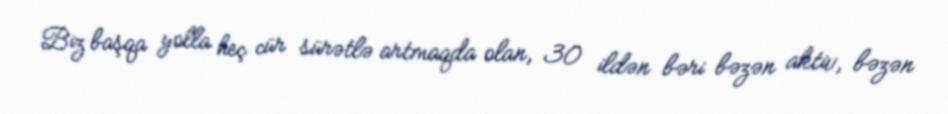
Biz başqa yolla heç cür sürətlə artmaqda olan, 30 ildən bəri bəzən aktiv, bəzən